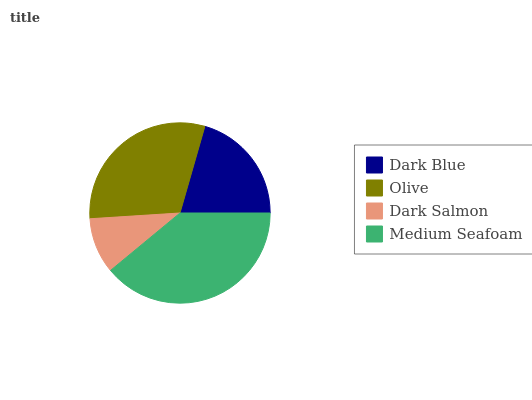
| Dark Blue | Olive | Dark Salmon | Medium Seafoam |
 | --- | --- | --- | --- |
 | 20.6% | 30.4% | 9.99% | 39% |